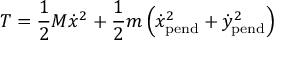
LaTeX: T = { \frac { 1 } { 2 } } M { \dot { x } } ^ { 2 } + { \frac { 1 } { 2 } } m \left( { \dot { x } } _ { \mathrm { p e n d } } ^ { 2 } + { \dot { y } } _ { \mathrm { p e n d } } ^ { 2 } \right)